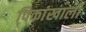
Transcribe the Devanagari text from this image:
पिकांखाली